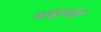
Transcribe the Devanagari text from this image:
वाहूनही